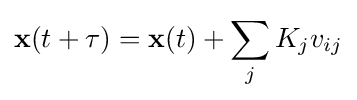
\mathbf {x} (t+\tau )=\mathbf {x} (t)+\sum _{j}K_{j}v_{ij}